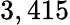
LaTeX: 3,415